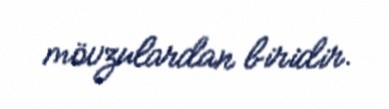
mövzulardan biridir.